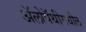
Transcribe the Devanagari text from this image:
ॲलोपॅथीमधील